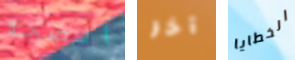
الضجة آخر الخطايا